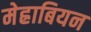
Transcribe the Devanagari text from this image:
मेह्राबियन